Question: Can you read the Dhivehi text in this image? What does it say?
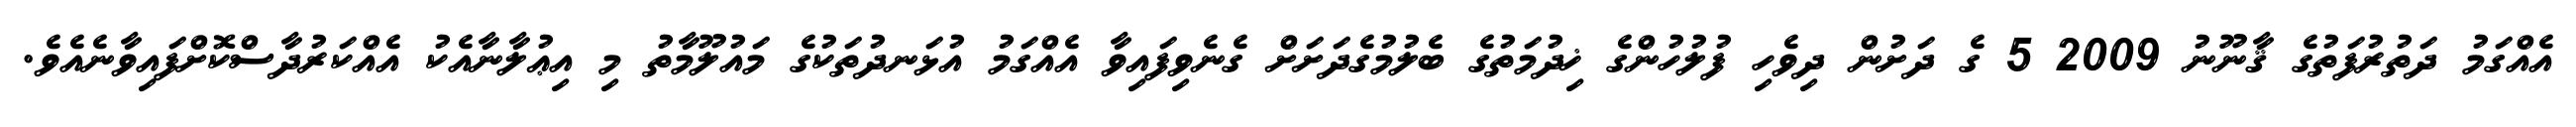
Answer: އެއްގަމު ދަތުރުފަތުގެ ޤާނޫނު 2009 5 ގެ ދަށުން ދިވެހި ފުލުހުންގެ ޚިދުމަތުގެ ބެލުމުގެދަށަށް ގެނެވިފައިވާ އެއްގަމު އުޅަނދުތަކުގެ މައުލޫމާތު މި އިޢުލާނާއެކު އެއްކަރުދާސްކޮށްފައިވާނެއެވެ.